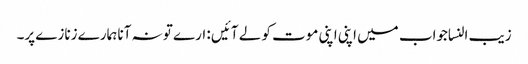
زیب النساجواب میں اپنی اپنی موت کو لے آئیں : ارے تو نہ آنا ہمارے زنازے پر۔